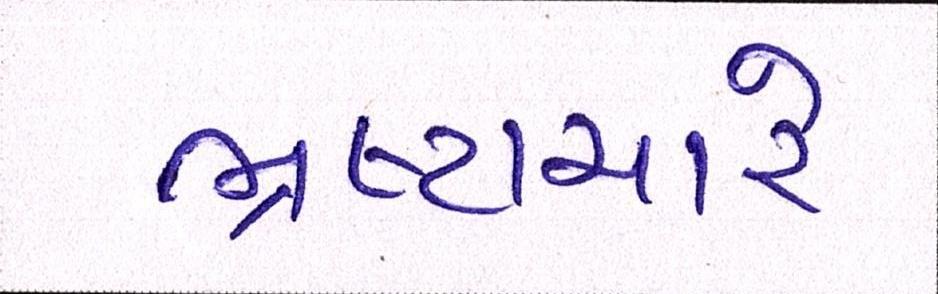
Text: ભ્રષ્ટ્રાચારે